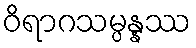
ဝိရာဂသမ္ပန္နဿ